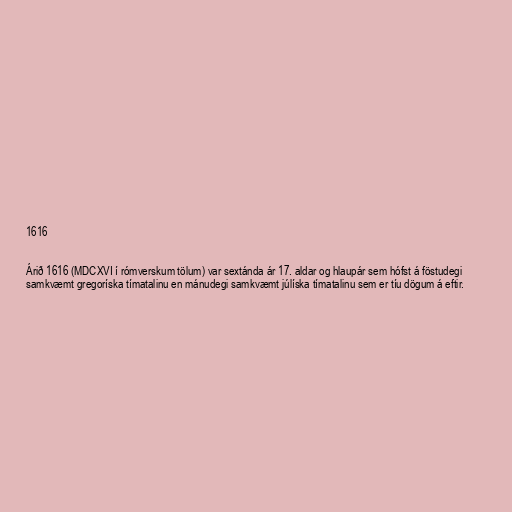
1616

Árið 1616 (MDCXVI í rómverskum tölum) var sextánda ár 17. aldar og hlaupár sem hófst á föstudegi
samkvæmt gregoríska tímatalinu en mánudegi samkvæmt júlíska tímatalinu sem er tíu dögum á eftir.